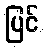
ပြင်